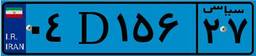
۹۷D۱۴۹۷۲